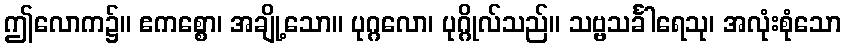
ဤလောက၌။ ဧကစ္စော၊ အချို့သော။ ပုဂ္ဂလော၊ ပုဂ္ဂိုလ်သည်။ သဗ္ဗသင်္ခါရေသု၊ အလုံးစုံသော